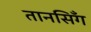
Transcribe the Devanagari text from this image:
तानसिँग